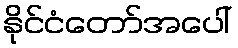
နိုင်ငံတော်အပေါ်